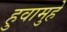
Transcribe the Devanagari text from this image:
हुवामुहे